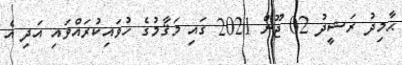
ޙާމިދު ރަޝީދު 02 ޖޫން 2021 ގައި މަޤާމުގެ ހުވައިކުރައްވައި އަދި އެ